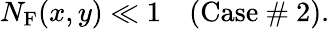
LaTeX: N_{\textrm{F}}(x,y)\ll 1\quad\textrm{(Case~\# 2)}.